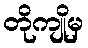
တိုကျိုမှ